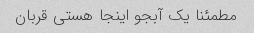
مطمئنا یک آبجو اینجا هستی قربان